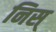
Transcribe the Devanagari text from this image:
निस्